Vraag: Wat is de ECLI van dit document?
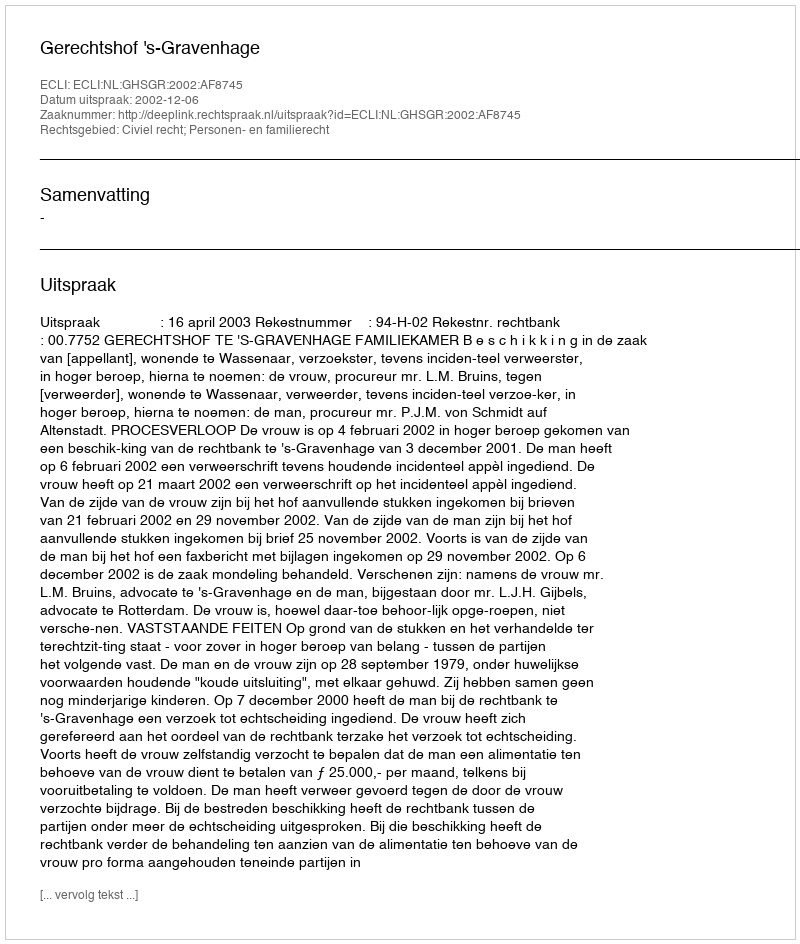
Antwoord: ECLI:NL:GHSGR:2002:AF8745